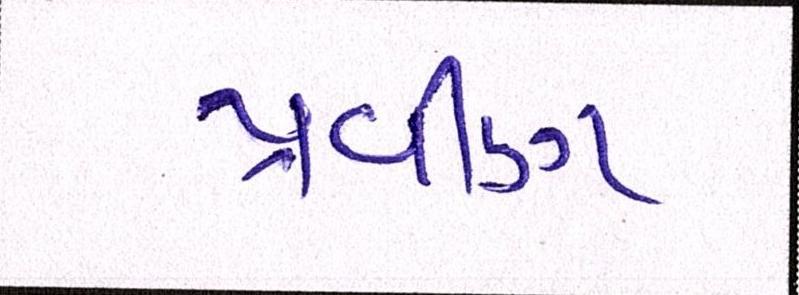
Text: પ્રવીણ